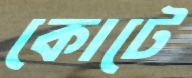
কোটে